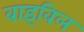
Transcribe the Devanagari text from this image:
बाइविल